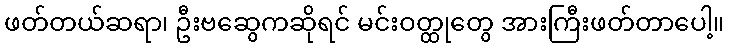
ဖတ်တယ်ဆရာ၊ ဦးဗဆွေကဆိုရင် မင်းဝတ္ထုတွေ အားကြီးဖတ်တာပေါ့။